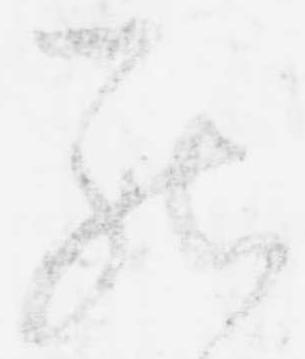
罷